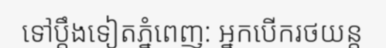
ទៅប្តឹងទៀតភ្នំពេញ: អ្នកបើករថយន្ត